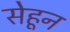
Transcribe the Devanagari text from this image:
सेहून